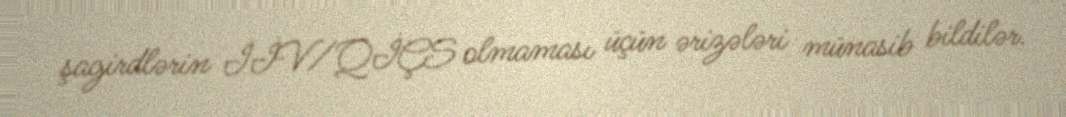
şagirdlərin İİV/QİÇS olmaması üçün ərizələri münasib bildilər.